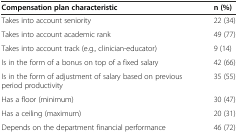
<table><thead><tr><td><b>Compensation plan characteristic</b></td><td><b>n (%)</b></td></tr></thead><tbody><tr><td>Takes into account seniority</td><td>22 (34)</td></tr><tr><td>Takes into account academic rank</td><td>49 (77)</td></tr><tr><td>Takes into account track (e.g., clinician-educator)</td><td>9 (14)</td></tr><tr><td>Is in the form of a bonus on top of a fixed salary</td><td>42 (66)</td></tr><tr><td>Is in the form of adjustment of salary based on previous period productivity</td><td>35 (55)</td></tr><tr><td>Has a floor (minimum)</td><td>30 (47)</td></tr><tr><td>Has a ceiling (maximum)</td><td>20 (31)</td></tr><tr><td>Depends on the department financial performance</td><td>46 (72)</td></tr></tbody></table>